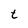
Character: t